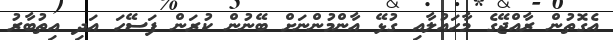
އެގޮތުން ރާއްޖޭގެ މާހައުލާއި ގުޅޭ އާންމުންނަށް ބޭނުން ކުރަން ފަސޭހަ އަދި އިތުބާރު